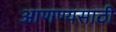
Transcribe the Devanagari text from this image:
आणण्यसाठी